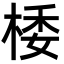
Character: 㮃